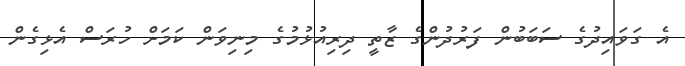
އެ ގަވައިދުގެ ސަބަބުން ފަރުދުންގެ ޒާތީ ދިރިއުޅުމުގެ މިނިވަން ކަމަށް ހުރަސް އެޅިގެން